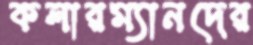
কলারম্যানদের